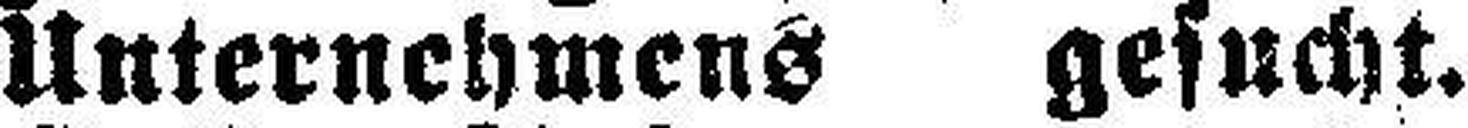
Unternehmens gesucht.